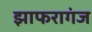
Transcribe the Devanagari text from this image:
झाफरागंज